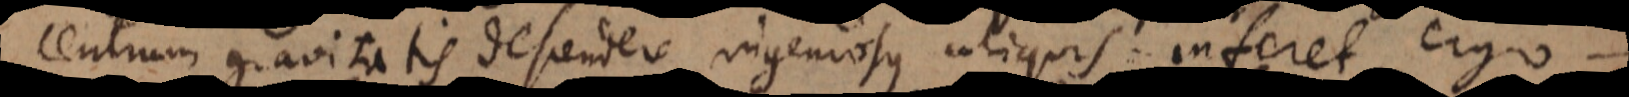
centrum gravitatis descendere, ingeniosus aliquis inferet, ergo